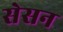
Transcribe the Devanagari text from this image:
सेसन